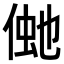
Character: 𠋞